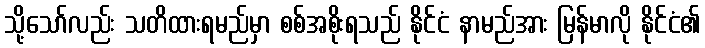
သို့သော်လည်း သတိထားရမည်မှာ စစ်အစိုးရသည် နိုင်ငံ နာမည်အား မြန်မာလို နိုင်ငံ၏